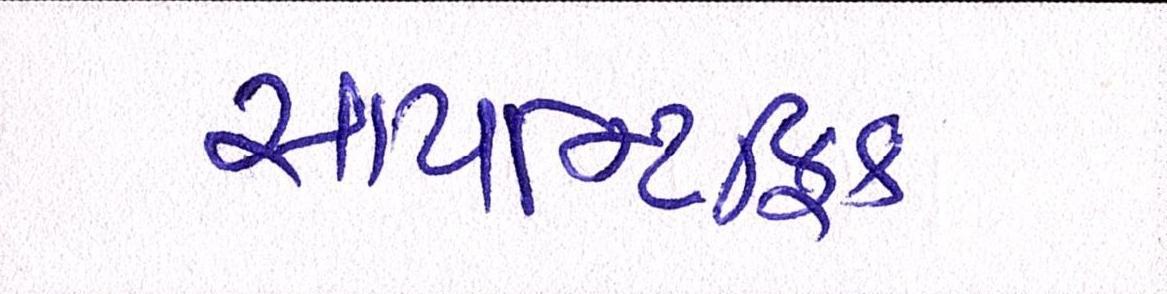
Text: સાયન્ટિફિક